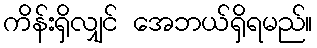
ကိန်းရှိလျှင် အေဘယ်ရှိရမည်။